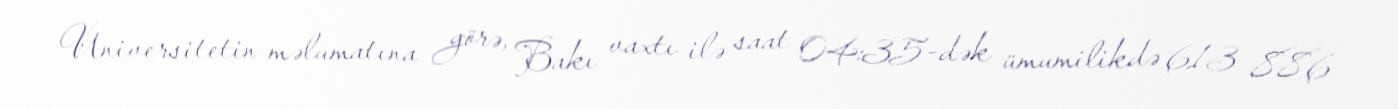
Universitetin məlumatına görə, Bakı vaxtı ilə saat 04:35-dək ümumilikdə 613 886